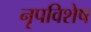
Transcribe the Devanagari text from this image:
नृपविशेष